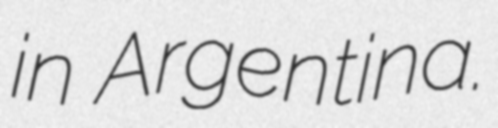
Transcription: in Argentina.